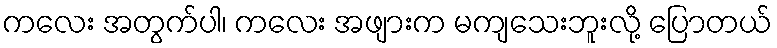
ကလေး အတွက်ပါ၊ ကလေး အဖျားက မကျသေးဘူးလို့ ပြောတယ်